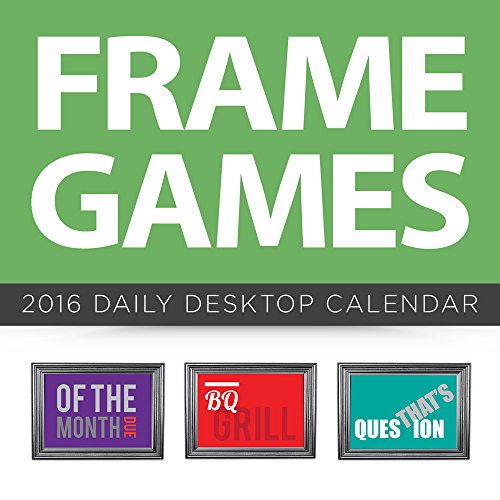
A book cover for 2016 Frame Games Daily Desktop Calendar; Terry Stickels; Humor & Entertainment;